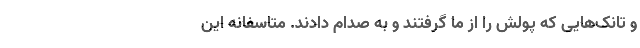
و تانک‌هایی که پولش را از ما گرفتند و به صدام دادند. متاسفانه این